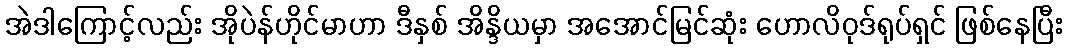
အဲဒါကြောင့်လည်း အိုပဲန်ဟိုင်မာဟာ ဒီနှစ် အိန္ဒိယမှာ အအောင်မြင်ဆုံး ဟောလိဝုဒ်ရုပ်ရှင် ဖြစ်နေပြီး